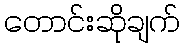
တောင်းဆိုချက်